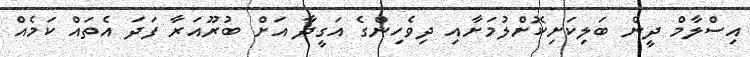
އިސްލާމް ދީން ބަލިކަށިކޮށްލުމަށާއި ދިވެހިންގެ އަގީދާ އަށް ބުރޫއަރާ ފަދަ އެތައް ކަމެއް